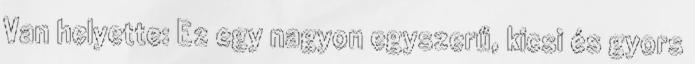
Van helyette: Ez egy nagyon egyszerű, kicsi és gyors